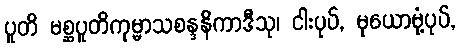
ပူတိ မစ္ဆပူတိကုမ္မာသစန္ဒနိကာဒီသု၊ ငါးပုပ်, မုယောမုံ့ပုပ်,